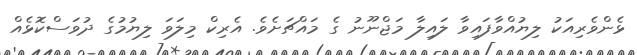
ޅެންވެރިއަކު ލިޔުއްވާފައިވާ ލައިލާ މަޖްނޫނު ގެ މައްޗަށެވެ. އެރިކް މިލަވަ ލިޔުމުގެ ދުވަސްކޮޅެއް